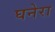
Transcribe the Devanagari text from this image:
घनेरा